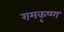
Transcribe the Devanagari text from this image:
रामकृष्‍ण